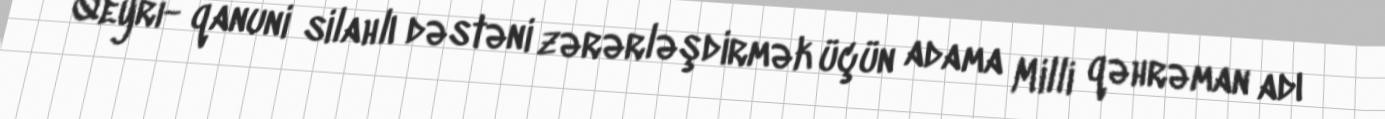
Qeyri- qanuni silahlı dəstəni zərərləşdirmək üçün adama Milli qəhrəman adı